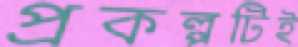
প্রকল্পটিই